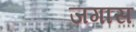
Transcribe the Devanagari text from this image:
जगास